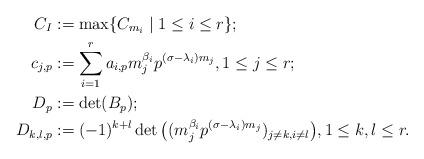
LaTeX: \begin{align*}C_{I}&:=\max\{C_{m_{i}} \mid 1\leq i\leq r\};\\c_{j,p}&:=\sum_{i=1}^{r}a_{i,p}m_{j}^{\beta_{i}}p^{(\sigma-\lambda_{i})m_{j}}, 1\leq j\leq r;\\D_{p}&:=\det(B_{p});\\D_{k,l,p}&:=(-1)^{k+l}\det\big((m_{j}^{\beta_{i}}p^{(\sigma-\lambda_{i})m_{j}})_{j\neq k, i\neq l}\big),1\leq k,l \leq r.\end{align*}